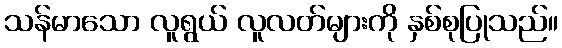
သန်မာသော လူရွယ် လူလတ်များကို နှစ်စုပြုသည်။